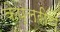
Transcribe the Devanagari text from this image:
केप्लरीय